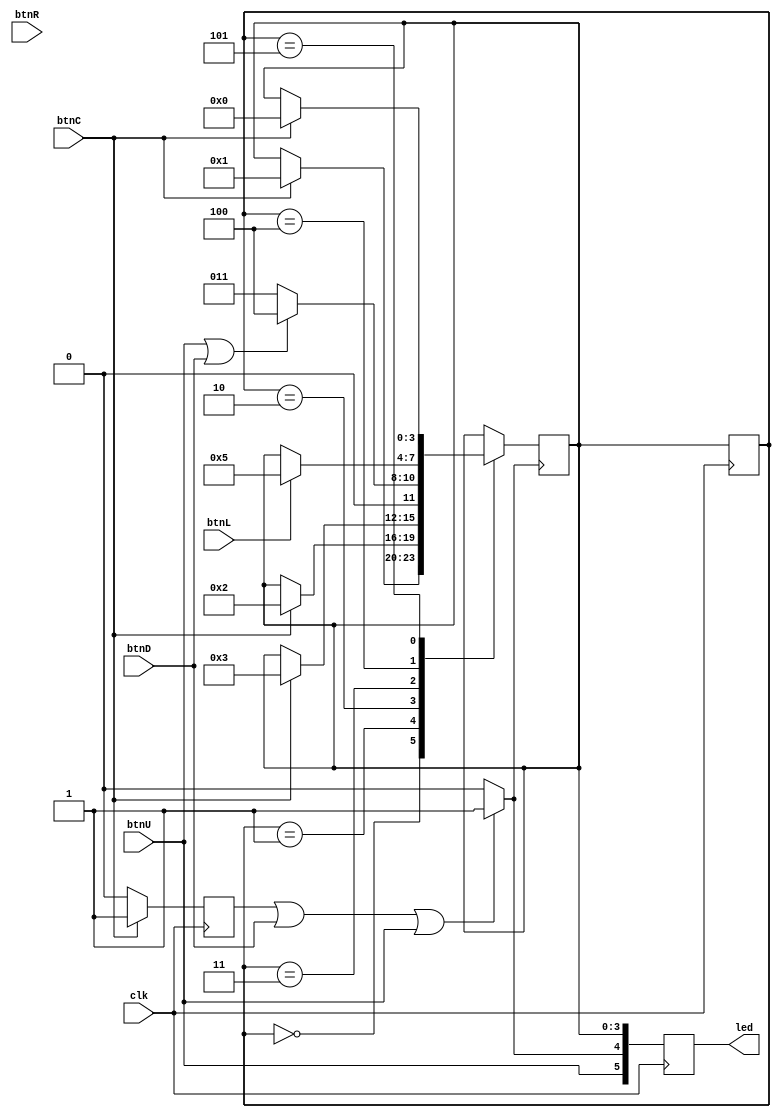
`timescale 1ns / 1ps
//////////////////////////////////////////////////////////////////////////////////
// Company: 
// Engineer: 
// 
// Design Name: 
// Module Name: test_state
// Project Name: 
// Target Devices: 
// Tool Versions: 
// Description: 
// 
// Dependencies: 
// 
// Revision:
// Revision 0.01 - File Created
// Additional Comments:
// 
//////////////////////////////////////////////////////////////////////////////////


module test_state(
    input clk,
    input btnC,
    input btnU,
    input btnD,
    input btnL,
    input btnR,
    output reg[5:0] led
    );
    
    wire launch = btnC;
    wire left = btnL;
    wire right = btnR;
    wire up = btnU;
    wire down = btnD;
    
    //parameter menu = 0, set = 1, start = 2, play = 3, end_point = 4, end_game = 5;
    reg [3:0] state, next_state;
    initial 
    begin
        led = 6'b00000;
        state = 0; 
        next_state = 0;   
    end
    reg state_ctrl;
    reg state_ctrl2;
    always @ (state_ctrl, down, up, left, right)
    begin
        if(state_ctrl || down || up) state_ctrl2 = 1;
        else state_ctrl2 = 0;
    end
    always @ (posedge clk)
    begin
        if(launch)
            state_ctrl = 1;
        else state_ctrl = 0;
    end
    
    always @(posedge state_ctrl2)
    begin
        case(state)
            0: 
                begin
                    if(launch)
                        next_state = 1;
                end
            1:
                begin
                    if(launch)
                        next_state = 2;
                end
            2:
                begin
                    if(launch)
                        next_state = 3;
                end
            3:
                begin
                    if(up == 1 || down == 1)
                        next_state = 4;
                    else
                        next_state = 3;
                end
            4:
                begin
                    if(left == 1)
                        next_state = 5;
//                    else
//                        next_state = start;
                end
            5:
                begin
                    if(launch == 1)
                        next_state = 0;
                end
        endcase 
    end
    
    always @ (posedge clk)
    begin
        state = next_state;
        led[3:0] = state;
        led[4] = state_ctrl2;
        led[5] = up;
    end
    
endmodule